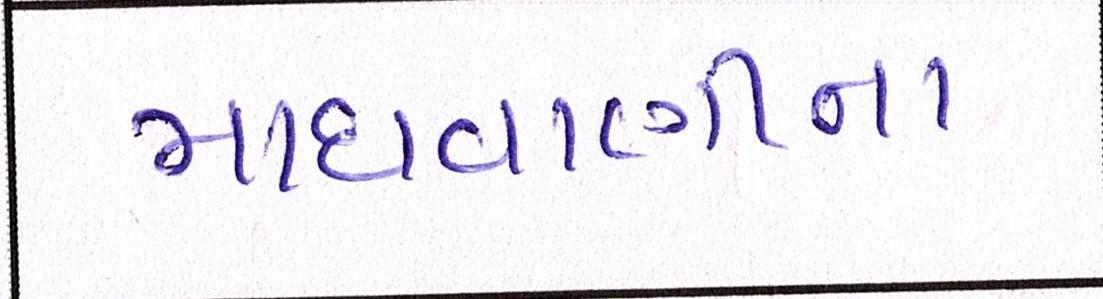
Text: માધવાણીના